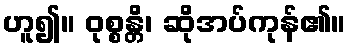
ဟူ၍။ ဝုစ္စန္တိ၊ ဆိုအပ်ကုန်၏။